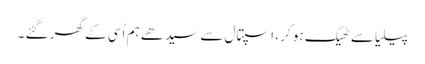
پیلیا سے ٹھیک ہو کر ، اسپتال سے سیدھے ہم اُسی کے گھر گئے ۔